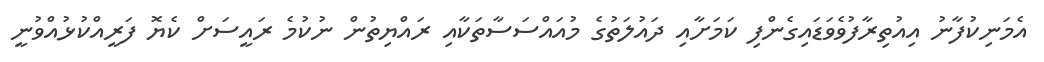
އެމަނިކުފާނު އިއުތިރާފުވެވަޑައިގެންފި ކަމަށާއި ދައުލަތުގެ މުއައްސަސާތަކާއި ރައްޔިތުން ނުކުމެ ރައީސަށް ކެޔޮ ފަރީއްކުޅުއްވުނީ